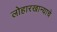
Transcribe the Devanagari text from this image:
लोहारखान्याचे